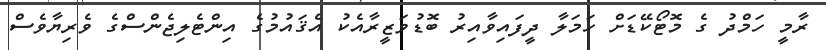
ރާމީ ހަމްދު ގެ މޮޓޯކޭޑަށް ހަމަލާ ދީފައިވާއިރު ބޮޑުވަޒީރާއެކު އެޤައުމުގެ އިންޓެލިޖެންސްގެ ވެރިޔާވެސް